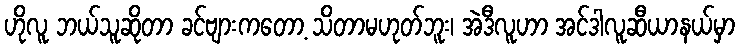
ဟိုလူ ဘယ်သူဆိုတာ ခင်ဗျားကတော့ သိတာမဟုတ်ဘူး၊ အဲဒီလူဟာ အင်ဒါလူဆီယာနယ်မှာ